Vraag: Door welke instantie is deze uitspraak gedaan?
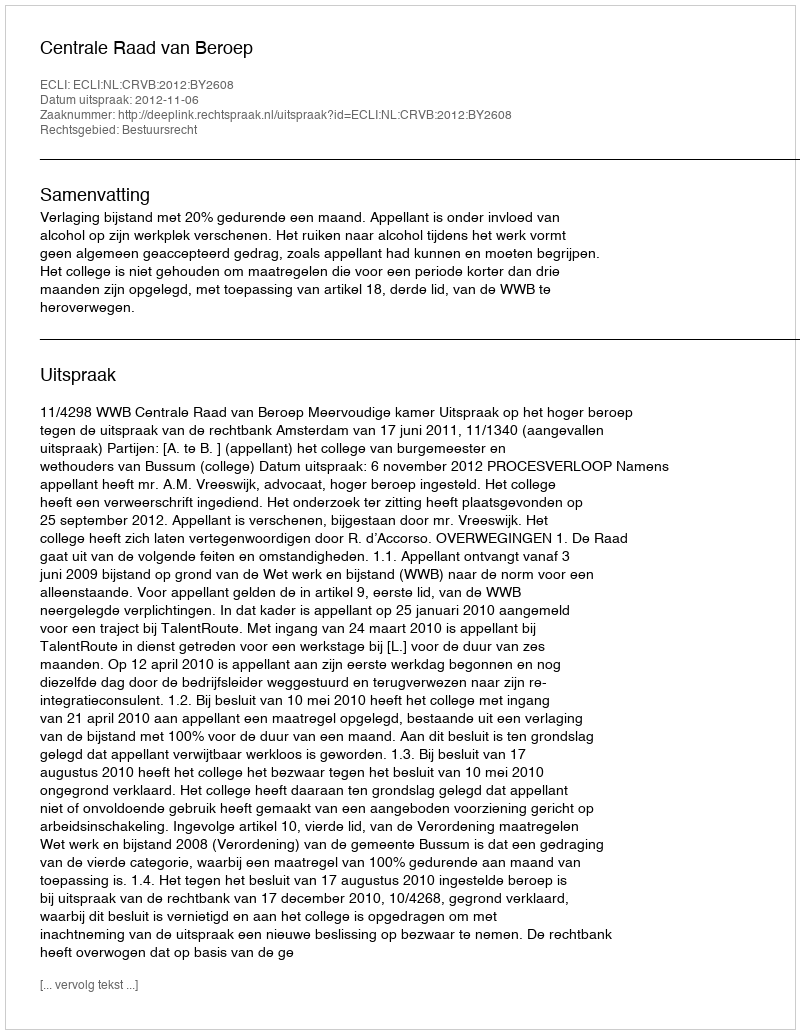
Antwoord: Centrale Raad van Beroep